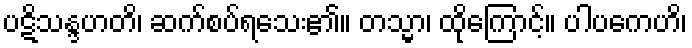
ပဋိသန္ဒဟတိ၊ ဆက်စပ်ရသေး၏။ တသ္မာ၊ ထိုကြောင့်။ ပါပကေဟိ၊